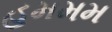
હમમમ